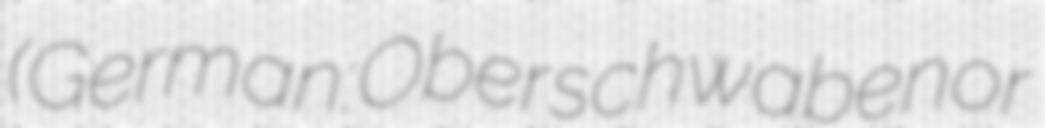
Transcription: (German: Oberschwaben or